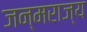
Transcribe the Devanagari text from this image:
जन्मराज्य